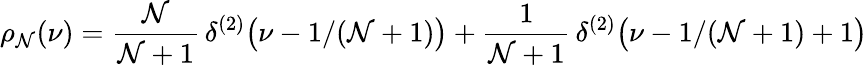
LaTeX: \rho_{\mathcal{N}}(\nu)={\frac{{\mathcal{N}}}{{\mathcal{N}+1}}}\, \delta^{(2)}\bigl(\nu-1/(\mathcal{N}+1)\bigr)+{\frac{{1}}{{\mathcal{N}+1}}}\, \delta^{(2)}\bigl(\nu-1/(\mathcal{N}+1)+1\bigr)